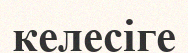
келесіге